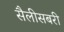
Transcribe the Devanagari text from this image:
सैलीसबरी